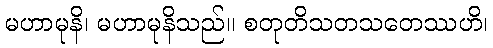
မဟာမုနိ၊ မဟာမုနိသည်။ စတုတိသတသတေဿဟိ၊